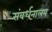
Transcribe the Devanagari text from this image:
संवर्धनालय